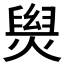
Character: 𤌑